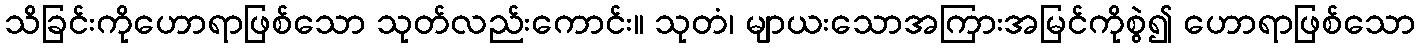
သိခြင်းကိုဟောရာဖြစ်သော သုတ်လည်းကောင်း။ သုတံ၊ မျာယးသောအကြားအမြင်ကိုစွဲ၍ ဟောရာဖြစ်သော